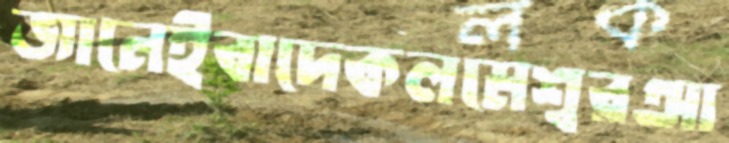
জানেইবাদেকলমেশ্বরআ